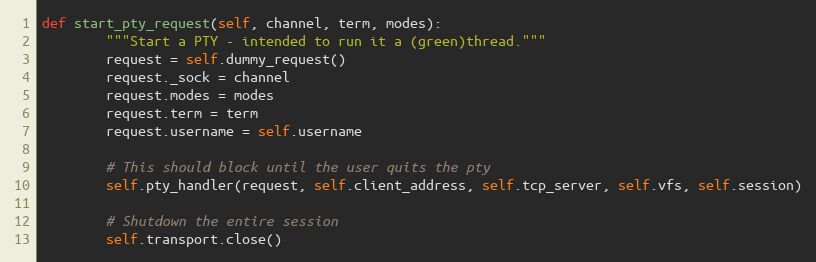
Language: Python
def start_pty_request(self, channel, term, modes):
        """Start a PTY - intended to run it a (green)thread."""
        request = self.dummy_request()
        request._sock = channel
        request.modes = modes
        request.term = term
        request.username = self.username

        # This should block until the user quits the pty
        self.pty_handler(request, self.client_address, self.tcp_server, self.vfs, self.session)

        # Shutdown the entire session
        self.transport.close()